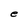
Character: e